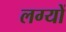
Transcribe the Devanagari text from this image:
लग्यों